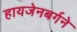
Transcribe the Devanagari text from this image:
हायजेनबर्गने